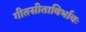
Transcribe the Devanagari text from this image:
गीतसीताविर्भावः